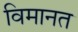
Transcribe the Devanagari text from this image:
विमानत